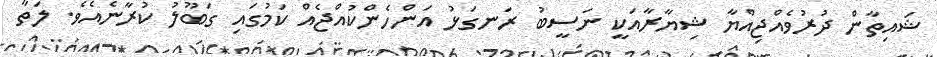
ޝައިތާން ދުރުވެއްޖިއްޔާ ޝިޔާރާއަކީ ނަސީބު ރަނގަޅު އަންހެންކުއްޖެއް ކަމުގައި ގަބޫލު ކުރާނެއެވެ. ލަތާ